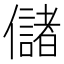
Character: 儲